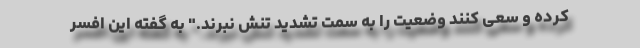
کرده و سعی کنند وضعیت را به سمت تشدید تنش نبرند." به گفته این افسر